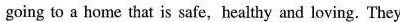
going to a home that is safe, healthy and loving. They